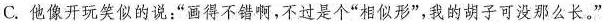
C.他像开玩笑似的说：”画得不错啊，不过是个”相似形”，我的胡子可没那么长。”